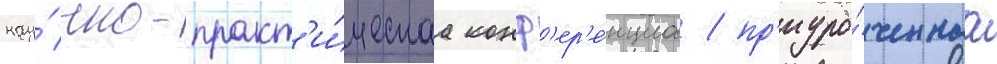
нау́чно-практ'и́ческаа конф'ер'е́нциа / пр'иуро́ченнаа